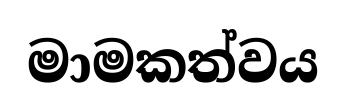
මාමකත්වය